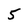
Character: 5